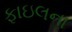
ફાઇલના